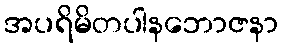
အပရိမိတပါနဘောဇနာ